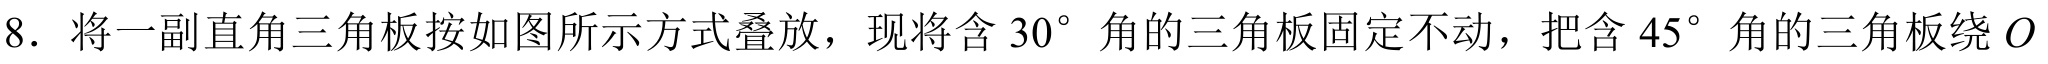
8. 将一副直角三角板按如图所示方式叠放，现将含 \(30^{\circ}\) 角的三角板固定不动，把含 \(45^{\circ}\) 角的三角板绕 \(O\)